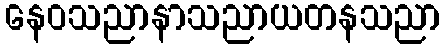
နေဝသညာနာသညာယတနသညာ